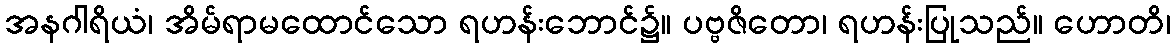
အနဂါရိယံ၊ အိမ်ရာမထောင်သော ရဟန်းဘောင်၌။ ပဗ္ဗဇိတော၊ ရဟန်းပြုသည်။ ဟောတိ၊